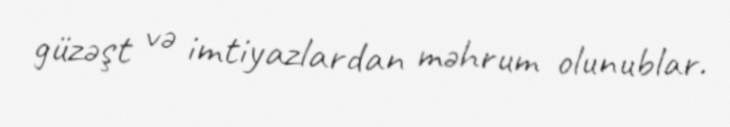
güzəşt və imtiyazlardan məhrum olunublar.